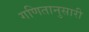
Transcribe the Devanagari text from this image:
गणितानुसारी